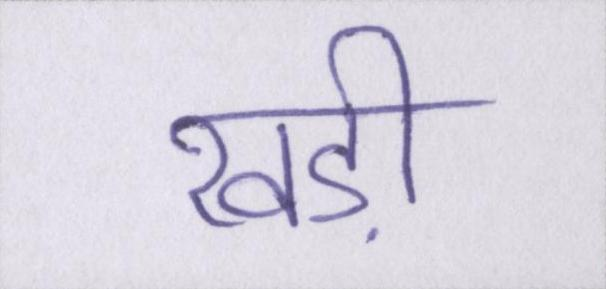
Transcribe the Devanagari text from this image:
खड़ी